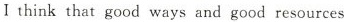
Ithink that good ways and good resources